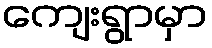
ကျေးရွာမှာ